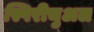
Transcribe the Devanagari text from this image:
स्पिरीचुअल